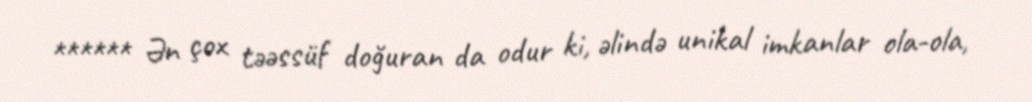
****** Ən çox təəssüf doğuran da odur ki, əlində unikal imkanlar ola-ola,